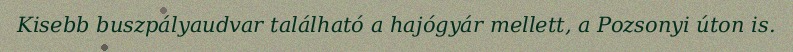
Kisebb buszpályaudvar található a hajógyár mellett, a Pozsonyi úton is.